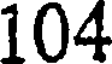
104